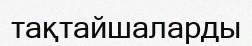
тақтайшаларды